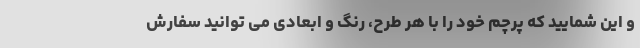
و این شمایید که پرچم خود را با هر طرح، رنگ و ابعادی می توانید سفارش